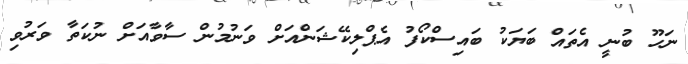
ނަހޫ ބުނީ އެތައް ބަޔަކު ބައިސްކޯފު އެޕްލިކޭޝަންއަށް ވަނުމުން ސާވާއަށް ނުކަތާ ވަރުވި